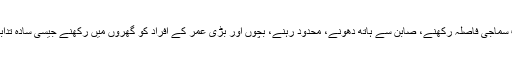
کل بچ جانیوالے مورخ کا دل یقیناً خون کے آنسو روئے گا، جب سماجی فاصلہ رکھنے، صابن سے ہاتھ دھونے، محدود رہنے، بچوں اور بڑی عمر کے افراد کو گھروں میں رکھنے جیسی سادہ تدابیر اختیار نہ کرنے کے جرم کی سزا بے شمار لاشیں لکھے گا۔